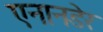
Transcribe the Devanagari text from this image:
एनानडेर